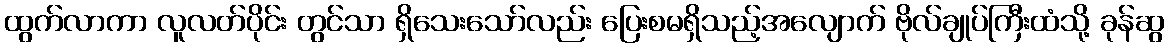
ထွက်လာကာ လူလတ်ပိုင်း တွင်သာ ရှိသေးသော်လည်း ပြေးစမရှိသည့်အလျောက် ဗိုလ်ချုပ်ကြီးထံသို့ ခုန်ဆွ